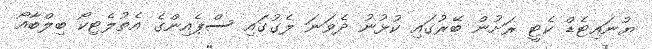
ޔުނައިޓެޑް ކެޓީ ރަށުން ބޭރުގައި ކުޅުނު ދެވަނަ ލެގުގައި ސްޕެއިންގެ އެތުލެޓިކޯ ބިލްބާއޯ